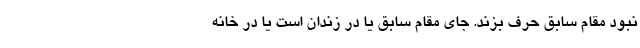
نبود مقام سابق حرف بزند. جای مقام سابق یا در زندان است یا در خانه